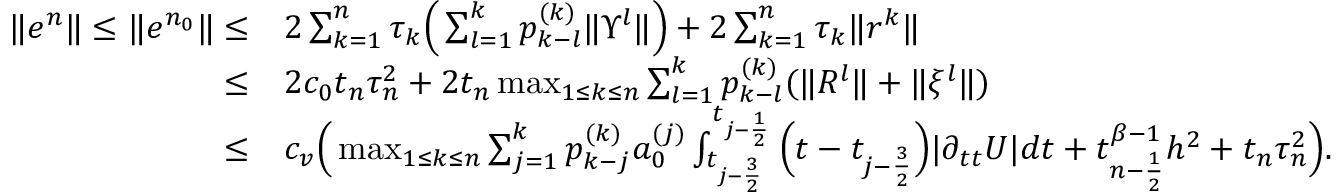
\begin{array} { r l } { \| e ^ { n } \| \le \| e ^ { n _ { 0 } } \| \le } & { 2 \sum _ { k = 1 } ^ { n } \tau _ { k } \Big ( \sum _ { l = 1 } ^ { k } p _ { k - l } ^ { ( k ) } \| \Upsilon ^ { l } \| \Big ) + 2 \sum _ { k = 1 } ^ { n } \tau _ { k } \| r ^ { k } \| } \\ { \le } & { 2 c _ { 0 } t _ { n } \tau _ { n } ^ { 2 } + 2 t _ { n } \operatorname* { m a x } _ { 1 \le k \le n } \sum _ { l = 1 } ^ { k } p _ { k - l } ^ { ( k ) } ( \| R ^ { l } \| + \| \xi ^ { l } \| ) } \\ { \le } & { c _ { v } \Big ( \operatorname* { m a x } _ { 1 \le k \le n } \sum _ { j = 1 } ^ { k } p _ { k - j } ^ { ( k ) } a _ { 0 } ^ { ( j ) } \int _ { t _ { j - \frac { 3 } { 2 } } } ^ { t _ { j - \frac { 1 } { 2 } } } \Big ( t - t _ { j - \frac { 3 } { 2 } } \Big ) | \partial _ { t t } U | d t + t _ { n - \frac { 1 } { 2 } } ^ { \beta - 1 } h ^ { 2 } + t _ { n } \tau _ { n } ^ { 2 } \Big ) . } \end{array}